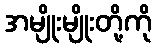
အမျိုးမျိုးတို့ကို